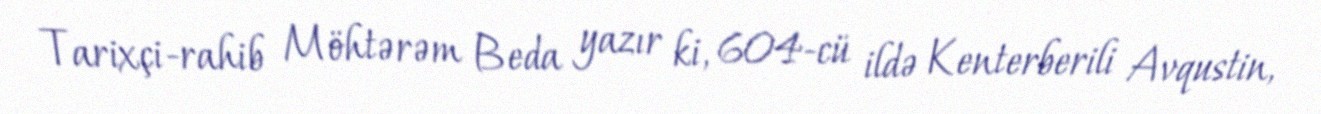
Tarixçi-rahib Möhtərəm Beda yazır ki, 604-cü ildə Kenterberili Avqustin,